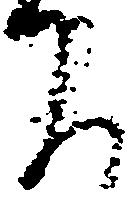
下